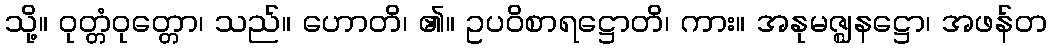
သို့။ ဝုတ္တံဝုတ္တော၊ သည်။ ဟောတိ၊ ၏။ ဥပဝိစာရဋ္ဌောတိ၊ ကား။ အနုမဇ္ဈနဋ္ဌော၊ အဖန်တ